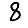
Digit: 8